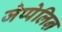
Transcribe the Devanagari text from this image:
जेप्पेलिऩ